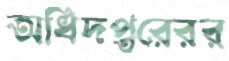
অধিদপ্তরেরর